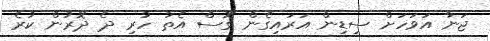
ޖަނާ އަވަހަށް ސިޑިން އަރައިގެން ގޮސް އެތާ ހުރި ދެ ދޮރުން ކުރެ